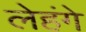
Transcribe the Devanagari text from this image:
लेहंगे